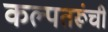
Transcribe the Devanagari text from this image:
कल्पतरूंची